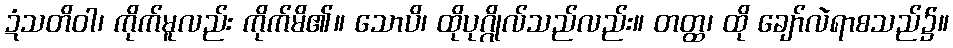
ဍံသတိဝါ၊ ကိုက်မူလည်း ကိုက်မိ၏။ သောပိ၊ ထိုပုဂ္ဂိုလ်သည်လည်း။ တတ္ထ၊ ထို ချော်လဲရာစသည်၌။